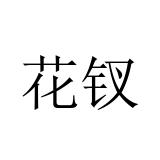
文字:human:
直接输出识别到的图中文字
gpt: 花钗